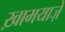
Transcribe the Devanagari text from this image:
ख़ामयाजे़